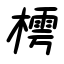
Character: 樗